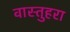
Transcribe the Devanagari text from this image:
वास्तुहरा